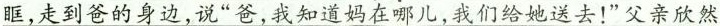
\underline{眶,走到爸的身边,说“爸,我知道妈在哪儿!我们给她送去!”父亲欣然}